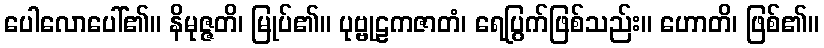
ပေါလောပေါ်၏။ နိမုဇ္ဇတိ၊ မြုပ်၏။ ပုဗ္ဗုဠကဇာတံ၊ ရေပြွက်ဖြစ်သည်း။ ဟောတိ၊ ဖြစ်၏။